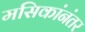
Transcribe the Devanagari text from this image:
मसिकांनंतर